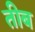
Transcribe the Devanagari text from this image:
तीब